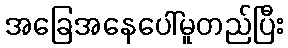
အခြေအနေပေါ်မူတည်ပြီး